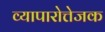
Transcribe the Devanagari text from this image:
व्यापारोत्तेजक